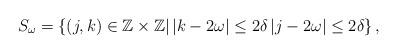
LaTeX: \begin{align*}S_{\omega}=\left\{ \left(j,k\right)\in\mathbb{Z\times\mathbb{Z}}|\left|k-2\omega\right|\leq2\delta\left|j-2\omega\right|\leq2\delta\right\} ,\end{align*}